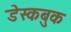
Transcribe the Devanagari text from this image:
डेस्कबुक